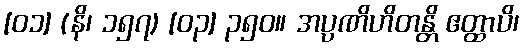
[၀၁] (နိ၊ ၁၅၇) [၀၃] ၃၅၀။ အပ္ပဏိဟိတန္တိ ဧတ္ထာပိ၊